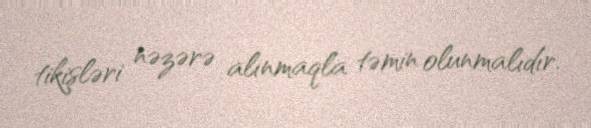
tikişləri nəzərə alınmaqla təmin olunmalıdır.